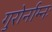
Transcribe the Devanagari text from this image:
गुरोर्नाम्नः